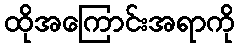
ထိုအကြောင်းအရာကို